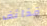
قذائف